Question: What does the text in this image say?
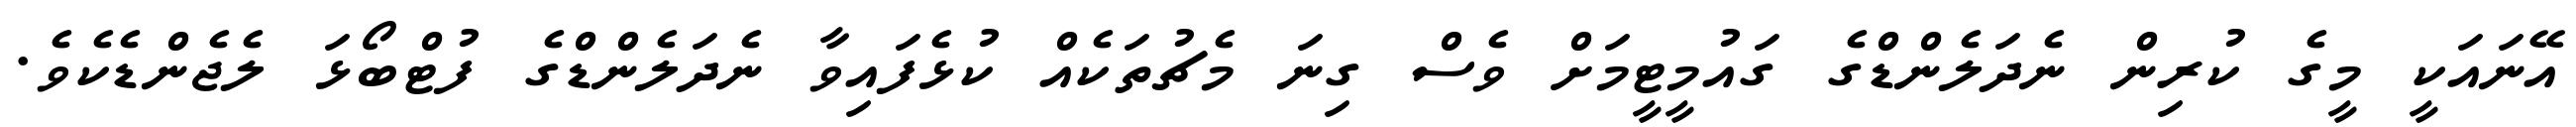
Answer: އޭނައަކީ މީގެ ކުރިން ނެދަލެންޑްގެ ގައުމީޓީމަށް ވެސް ގިނަ މެޗުތަކެއް ކުޅެފައިވާ ނެދަލެންޑްގެ ފުޓްބޯޅަ ލެޖެންޑެކެވެ.